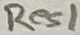
Text: Res1